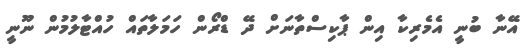
އޭނާ ބުނީ އެމެރިކާ އިން ޕާކިސްތާނަށް ދޭ ޑްރޯން ހަމަލާތައް ހުއްޓާލުމުން ނޫނީ